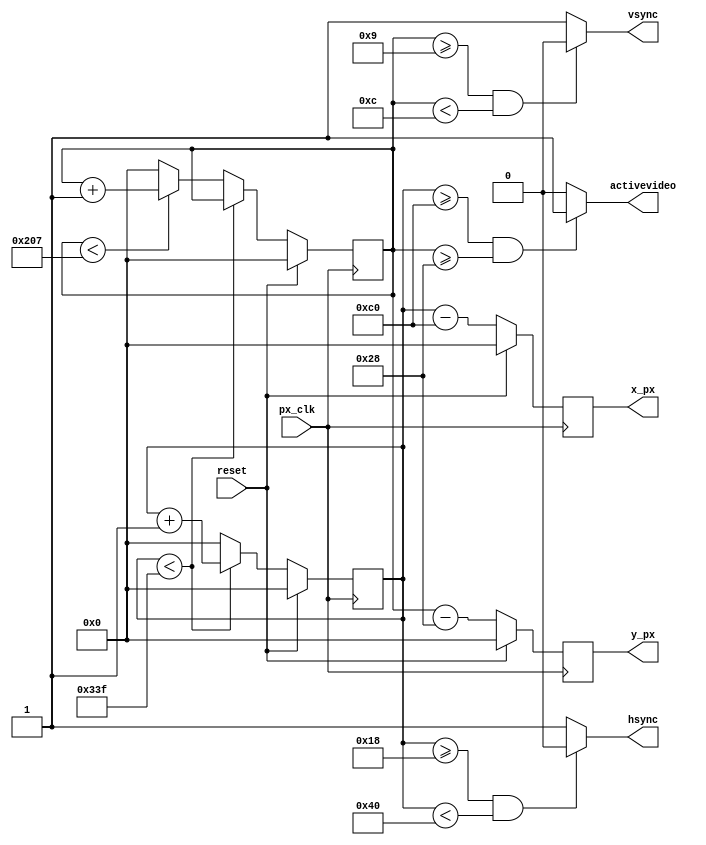
`default_nettype none
//////////////////////////////////////////////////////////////////////////////////
// Company: Ridotech
//
// Module Name:    vga_controller
// Description:    Basic control for 640x480@72Hz VGA signal.
//
// Dependencies:
//
// Revision:
// Revision 0.01 - File Created for Roland Coeurjoly (RCoeurjoly) in 640x480@85Hz.
// Revision 0.02 - Change for 640x480@60Hz.
// Revision 0.03 - Solved some mistakes.
// Revision 0.04 - Change for 640x480@72Hz and output signals 'activevideo'
//                 and 'px_clk'.
//
// Additional Comments:
//
//////////////////////////////////////////////////////////////////////////////////
module vgasync (
            input wire       px_clk,        // Input clock: 31.5MHz
            input wire       reset,         // reset
            output wire      hsync,         // Horizontal sync out
            output wire      vsync,         // Vertical sync out
            output reg [9:0] x_px,          // X position for actual pixel.
            output reg [9:0] y_px,          // Y position for actual pixel.
            output wire      activevideo
         );

    /*
    http://www.epanorama.net/faq/vga2rgb/calc.html
    [*User-Defined_mode,(640X480)]
    PIXEL_CLK   =   31500
    H_DISP      =   640
    V_DISP      =   480
    H_FPORCH    =   24
    H_SYNC      =   40
    H_BPORCH    =   128
    V_FPORCH    =   9
    V_SYNC      =   3
    V_BPORCH    =   28
    */

    // Video structure constants.
    parameter ACTIVEHVIDEO = 640;               // Width of visible pixels.
    parameter ACTIVEVVIDEO =  480;              // Height of visible lines.
    parameter HFP = 24;                         // Horizontal front porch length.
    parameter HPULSE = 40;                      // Hsync pulse length.
    parameter HBP = 128;                        // Horizontal back porch length.
    parameter VFP = 9;                          // Vertical front porch length.
    parameter VPULSE = 3;                       // Vsync pulse length.
    parameter VBP = 28;                         // Vertical back porch length.
    parameter BLACKH = HFP + HPULSE + HBP;      // Hide pixels in one line.
    parameter BLACKV = VFP + VPULSE + VBP;      // Hide lines in one frame.
    parameter HPIXELS = BLACKH + ACTIVEHVIDEO;  // Total horizontal pixels.
    parameter VLINES = BLACKV + ACTIVEVVIDEO;   // Total lines.

    // Registers for storing the horizontal & vertical counters.
    reg [9:0] hc;
    reg [9:0] vc;

    // Initial values.
    initial
    begin
      x_px = 0;
      y_px = 0;
      hc = 0;
      vc = 0;
    end

    // Counting pixels.
    always @(posedge px_clk)
    begin
        if(reset) begin
            hc <= 0;
            vc <= 0;
        end else begin
            // Keep counting until the end of the line.
            if (hc < HPIXELS - 1)
                hc <= hc + 1;
            else
            // When we hit the end of the line, reset the horizontal
            // counter and increment the vertical counter.
            // If vertical counter is at the end of the frame, then
            // reset that one too.
            begin
                hc <= 0;
                if (vc < VLINES - 1)
                vc <= vc + 1;
            else
               vc <= 0;
            end
        end
     end

    // Generate sync pulses (active low) and active video.
    assign hsync = (hc >= HFP && hc < HFP + HPULSE) ? 0:1;
    assign vsync = (vc >= VFP && vc < VFP + VPULSE) ? 0:1;
    assign activevideo = (hc >= BLACKH && vc >= BLACKV) ? 1:0;

    // Generate color.
    always @(posedge px_clk)
    begin
        if(reset) begin
            x_px <= 0;
            y_px <= 0;
        end else begin
            x_px <= hc - BLACKH;
            y_px <= vc - BLACKV;
        end
     end
 endmodule
`default_nettype wire